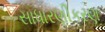
સાધારણીકરણ